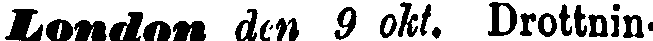
London dm 9 okt. Drottnin-